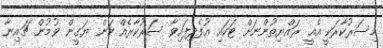
މިސަރުކާރަކީ އެއީ ރައްޔިތުންނަށް ޓަކައި އުފެދިފައިވާ ސަރުކާރެއް ކަން ޔަގީން ވުމުން ޗައިނާ